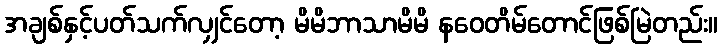
အချစ်နှင့်ပတ်သက်လျှင်တော့ မိမိဘာသာမိမိ နဝေတိမ်တောင်ဖြစ်မြဲတည်း။